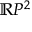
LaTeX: \mathbb { R } P ^ { 2 }